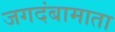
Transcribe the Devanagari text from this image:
जगदंबामाता